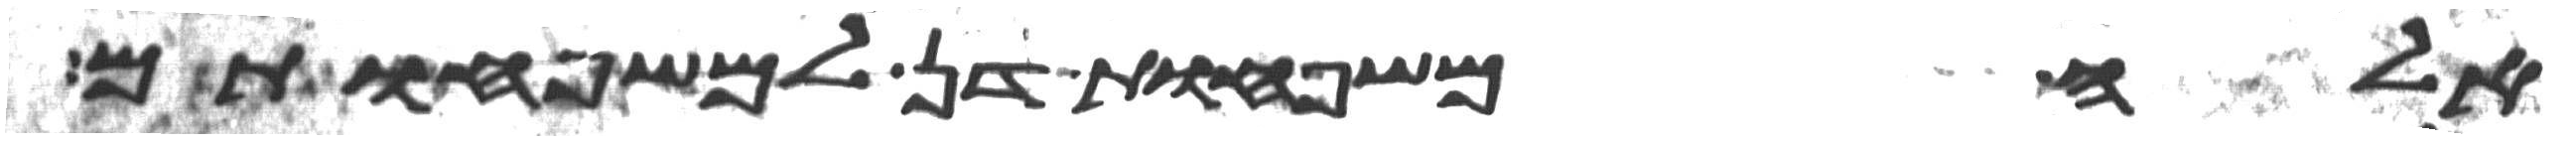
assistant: אלה משפחות דן למשפחותם